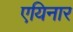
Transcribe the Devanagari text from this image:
एयिनार